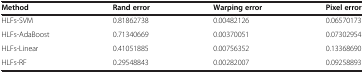
<table><thead><tr><td><b>Method</b></td><td><b>Rand error</b></td><td><b>Warping error</b></td><td><b>Pixel error</b></td></tr></thead><tbody><tr><td>HLFs-SVM</td><td>0.81862738</td><td>0.00482126</td><td>0.06570173</td></tr><tr><td>HLFs-AdaBoost</td><td>0.71340669</td><td>0.00370051</td><td>0.07302954</td></tr><tr><td>HLFs-Linear</td><td>0.41051885</td><td>0.00756352</td><td>0.13368690</td></tr><tr><td>HLFs-RF</td><td>0.29548843</td><td>0.00282007</td><td>0.09258893</td></tr></tbody></table>